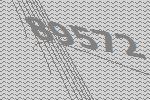
89572